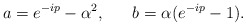
\begin{align*}a=e^{-ip}-\alpha^2, ~~~~~b=\alpha (e^{-ip}-1).\end{align*}